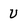
Character: U